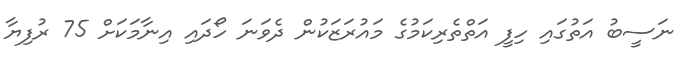
ނަސީބު އަތުގައި ހިފީ އަތްތެރިކަމުގެ މައުރަޒަކުން ދެވަނަ ހޯދައި އިނާމަކަށް 75 ރުފިޔާ